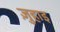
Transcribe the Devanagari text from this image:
ज़ुहाइ